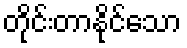
တိုင်းတာနိုင်သော